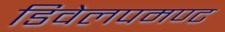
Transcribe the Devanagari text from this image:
डिवेलपमण्ट